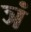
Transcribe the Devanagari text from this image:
ञं